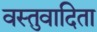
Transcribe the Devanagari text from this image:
वस्तुवादिता